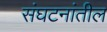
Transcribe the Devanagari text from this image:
संघटनांतील